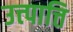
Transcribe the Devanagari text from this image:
उत्त्पात्ति